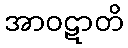
အာဝဋာတိ